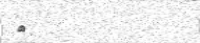
٩